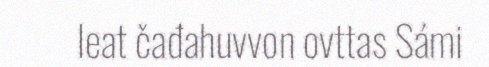
leat čađahuvvon ovttas Sámi